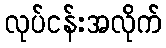
လုပ်ငန်းအလိုက်